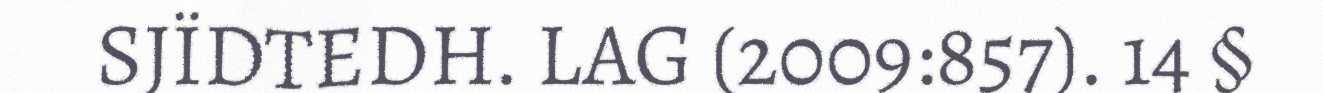
SJÏDTEDH. LAG (2009:857). 14 §